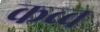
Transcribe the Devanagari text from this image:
कव्व